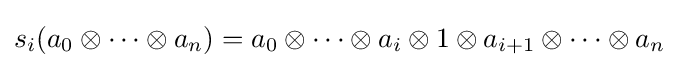
s_{i}(a_{0}\otimes \cdots \otimes a_{n})=a_{0}\otimes \cdots \otimes a_{i}\otimes 1\otimes a_{i+1}\otimes \cdots \otimes a_{n}